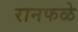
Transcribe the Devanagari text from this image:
रानफळे